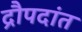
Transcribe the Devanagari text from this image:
द्रौपदांत